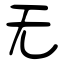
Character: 无